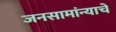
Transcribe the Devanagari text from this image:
जनसामांन्याचे